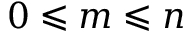
0 \leqslant m \leqslant n